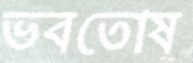
ভবতোষ